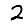
Digit: 2